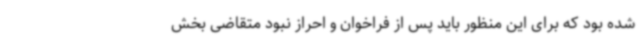
شده بود که برای این منظور باید پس از فراخوان و احراز نبود متقاضی بخش